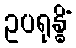
ဥပရုန္ဓိံ